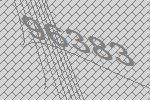
96383